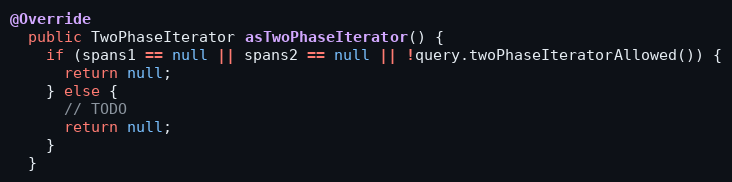
Language: Java
@Override
  public TwoPhaseIterator asTwoPhaseIterator() {
    if (spans1 == null || spans2 == null || !query.twoPhaseIteratorAllowed()) {
      return null;
    } else {
      // TODO
      return null;
    }
  }